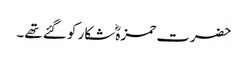
حضرت حمزہؓ شکار کو گئے تھے۔